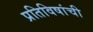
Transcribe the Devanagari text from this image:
प्रतिविषांची